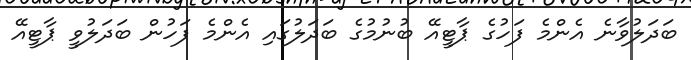
ބަދަލުވާނެ އެންމެ ފަހުގެ ޕާޓީއޭ ބުނުމުގެ ބަދަލުގައި އެންމެ ފަހުން ބަދަލުވީ ޕާޓީއޭ